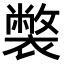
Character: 𧝬